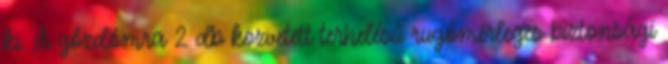
ki. A gőzdómra 2 db közvetett terhelésű rugómérleges biztonsági